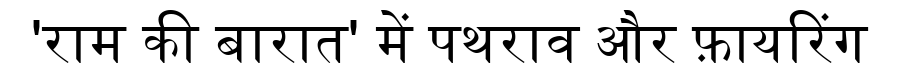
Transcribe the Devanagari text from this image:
'राम की बारात' में पथराव और फ़ायरिंग